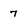
Character: 7